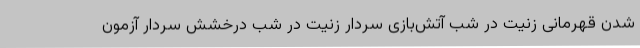
شدن قهرمانی زنیت در شب آتش‌بازی سردار زنیت در شب درخشش سردار آزمون